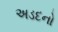
અડદનો